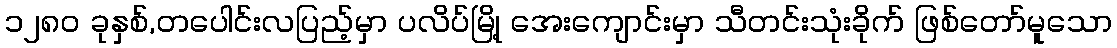
၁၂၈၀ ခုနှစ်,တပေါင်းလပြည့်မှာ ပလိပ်မြို့ အေးကျောင်းမှာ သီတင်းသုံးခိုက် ဖြစ်တော်မူသော